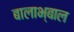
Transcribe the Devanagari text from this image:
बालाभ्बाल